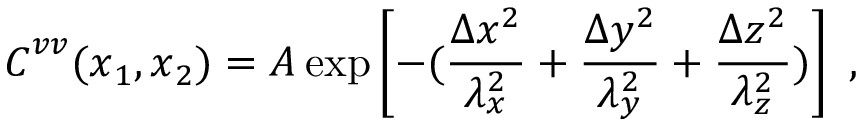
\boldsymbol { C } ^ { v v } ( \boldsymbol { x } _ { 1 } , \boldsymbol { x } _ { 2 } ) = A \exp \left[ - ( \frac { \Delta x ^ { 2 } } { \lambda _ { x } ^ { 2 } } + \frac { \Delta y ^ { 2 } } { \lambda _ { y } ^ { 2 } } + \frac { \Delta z ^ { 2 } } { \lambda _ { z } ^ { 2 } } ) \right] \mathrm { ~ , ~ }